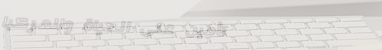
تأمين على الحياة والمركبا